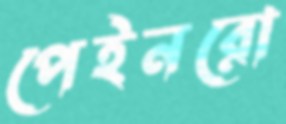
পেইনরো